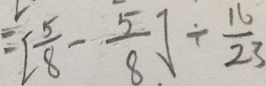
= [ \frac { 5 } { 8 } - \frac { 5 } { 8 } ] \div \frac { 1 6 } { 2 3 }